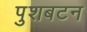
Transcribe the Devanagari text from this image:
पुशबटन